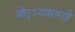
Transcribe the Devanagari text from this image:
योद्ध्यासारखे